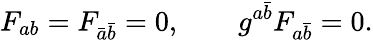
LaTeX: F_{ab}=F_{\bar{a}\bar{b}}=0,\qquad g^{a\bar{b}}F_{a\bar{b}}=0.